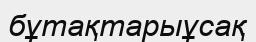
бұтақтарыұсақ